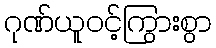
ဂုဏ်ယူဝင့်ကြွားစွာ